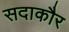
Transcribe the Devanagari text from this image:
सदाकौर